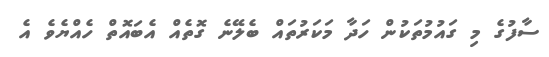
ސާފުގެ މި ގައުމުތަކުން ހަދާ މަކަރުތައް ބެލޭނެ ގޮތެއް އެބައޮތް ހެއްޔެވެ އެ